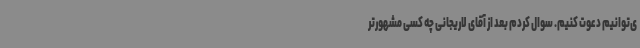
ی‌توانیم دعوت کنیم. سوال کردم بعد از آقای لاریجانی چه کسی مشهورتر